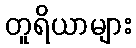
တူရိယာများ